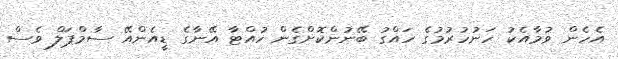
އެހެން ވުމާއެކު ހަނުހުރުމުގެ ހައްގު ބޭނުންކޮށްގެން ހުއްޓާ އޭނާގެ ޑީއެންއޭ ސާމްޕަލް ވެސް